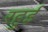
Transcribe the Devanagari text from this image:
रहुई